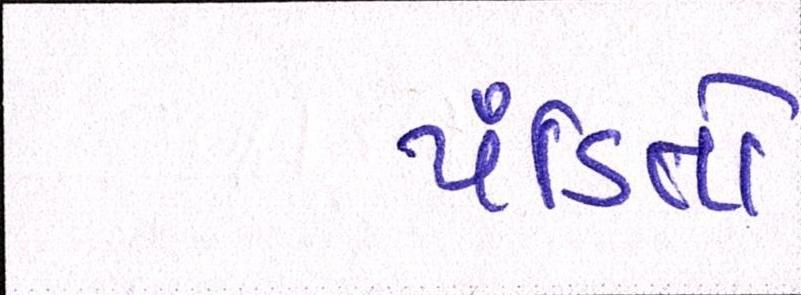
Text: પંડિતો